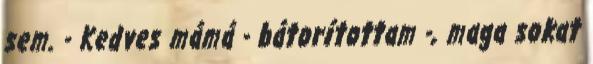
sem. - Kedves mámá - bátorítottam -, maga sokat